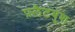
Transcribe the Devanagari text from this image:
फ़्लैटबुश